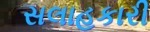
સલાહકારી